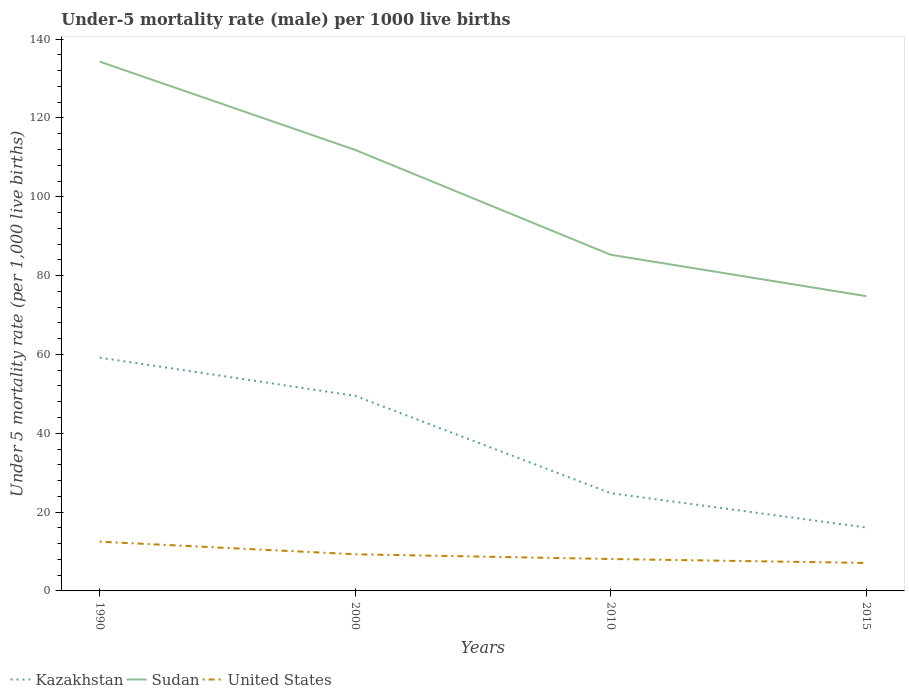
| Years | Kazakhstan | Sudan | United States |
 | --- | --- | --- | --- |
 | 1990 | 59.2 | 134 | 12.5 |
 | 2000 | 49.5 | 112 | 9.3 |
 | 2010 | 24.8 | 85.3 | 8.1 |
 | 2015 | 16.1 | 74.8 | 7.1 |